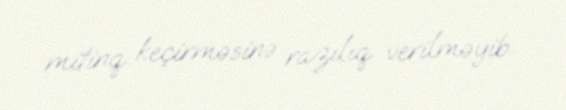
mitinq keçirməsinə razılıq verilməyib.